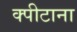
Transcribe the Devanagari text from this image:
क्पीटाना